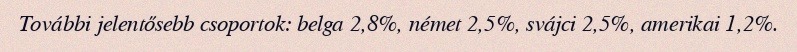
További jelentősebb csoportok: belga 2,8%, német 2,5%, svájci 2,5%, amerikai 1,2%.